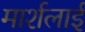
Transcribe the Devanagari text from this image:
मार्शलाई